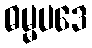
ဓမ္မပဒေ